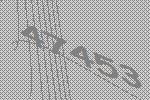
47453